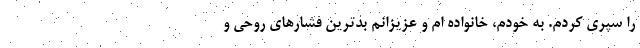
را سپری کردم. به خودم، خانواده ام و عزیزانم بدترین فشارهای روحی و